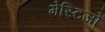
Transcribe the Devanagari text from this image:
मेस्टिजो़